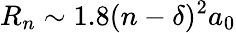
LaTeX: R_{n}\sim 1.8(n-\delta)^{2}a_{0}